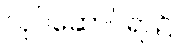
လုပ်ဆောင်ရာ၌